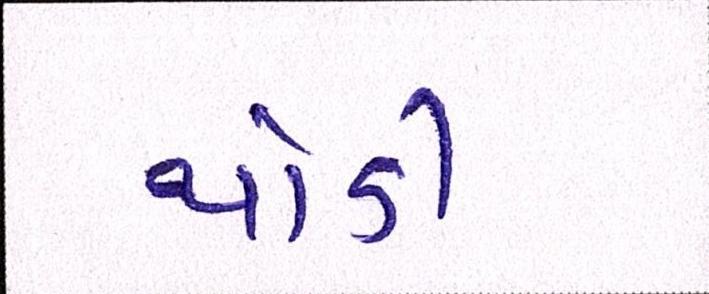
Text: થોડી